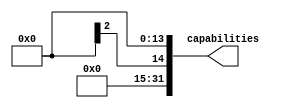
module gen_capabilities(
	output [31:0] capabilities
);

wire memorycard;
wire ac97;
wire pfpu;
wire tmu;
wire ethernet;
wire fmlmeter;
wire videoin;
wire midi;
wire dmx;
wire ir;
wire usb;
wire memtest;
wire aceusb;
wire ps2keyboard;
wire ps2mouse;

assign capabilities = {
	17'd0,
	ps2mouse,
	ps2keyboard,
	aceusb,
	memtest,
	usb,
	ir,
	dmx,
	midi,
	videoin,
	fmlmeter,
	ethernet,
	tmu,
	pfpu,
	ac97,
	memorycard
};

`ifdef ENABLE_MEMORYCARD
assign memorycard = 1'b1;
`else
assign memorycard = 1'b0;
`endif

`ifdef ENABLE_AC97
assign ac97 = 1'b1;
`else
assign ac97 = 1'b0;
`endif

`ifdef ENABLE_PFPU
assign pfpu = 1'b1;
`else
assign pfpu = 1'b0;
`endif

`ifdef ENABLE_TMU
assign tmu = 1'b1;
`else
assign tmu = 1'b0;
`endif

`ifdef ENABLE_ETHERNET
assign ethernet = 1'b1;
`else
assign ethernet = 1'b0;
`endif

`ifdef ENABLE_FMLMETER
assign fmlmeter = 1'b1;
`else
assign fmlmeter = 1'b0;
`endif

`ifdef ENABLE_VIDEOIN
assign videoin = 1'b1;
`else
assign videoin = 1'b0;
`endif

`ifdef ENABLE_MIDI
assign midi = 1'b1;
`else
assign midi = 1'b0;
`endif

`ifdef ENABLE_DMX
assign dmx = 1'b1;
`else
assign dmx = 1'b0;
`endif

`ifdef ENABLE_IR
assign ir = 1'b1;
`else
assign ir = 1'b0;
`endif

`ifdef ENABLE_USB
assign usb = 1'b1;
`else
assign usb = 1'b0;
`endif

`ifdef ENABLE_MEMTEST
assign memtest = 1'b1;
`else
assign memtest = 1'b0;
`endif

`ifdef ENABLE_ACEUSB
assign aceusb = 1'b1;
`else
assign aceusb = 1'b0;
`endif

`ifdef ENABLE_PS2_KEYBOARD
assign ps2keyboard = 1'b1;
`else
assign ps2keyboard = 1'b0;
`endif

`ifdef ENABLE_PS2_MOUSE
assign ps2keymouse = 1'b1;
`else
assign ps2keymouse = 1'b0;
`endif

endmodule